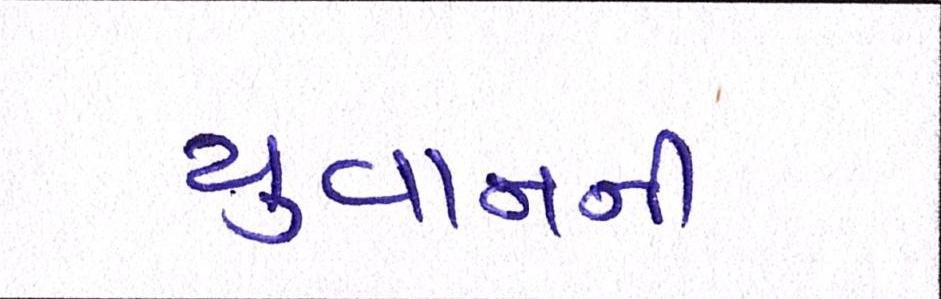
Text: યુવાનની